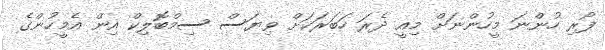
ފޯރި ހުންނަ މީހުންނަށް މިއީ ދެރަ ހަބަރަކަށް ވިޔަސް ސިމްބޮލިކް އިން އެމީހުންގެ